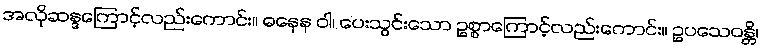
အလိုဆန္ဒကြောင့်လည်းကောင်း။ ဓနေန ဝါ၊ ပေးသွင်းသော ဥစ္စာကြောင့်လည်းကောင်း။ ဥပသေဝန္တိ၊